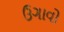
ઉગાવો